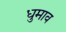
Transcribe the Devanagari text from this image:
धुमाव